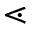
\lessdot